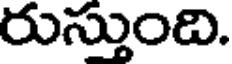
రుస్తుంది.